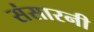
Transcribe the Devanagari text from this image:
संसारनी